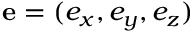
\mathbf e = ( e _ { x } , e _ { y } , e _ { z } )